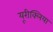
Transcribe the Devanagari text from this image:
यूरीक्लिया